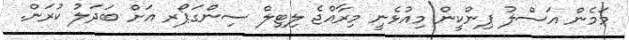
މަމެން އަސްލު ޕިންކީން މިއުޅެނީ މިރާއްޖެ ލިޓިލް ސިންގަޕޯރ އަށް ބަދަލު ކުރަން.